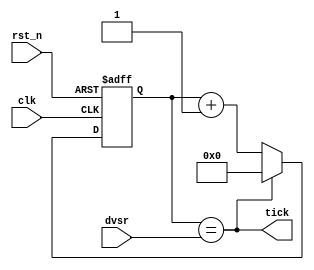
module baud_gen(clk,rst_n,dvsr,tick);
input clk,rst_n;
input [10:0] dvsr;
output tick;

wire [10:0] reg_d;
reg [10:0] reg_q;

always @(posedge clk,negedge rst_n) begin
    if(!rst_n)
    reg_q<={10{1'b0}};
    else
    reg_q<=reg_d;
end

assign reg_d = (reg_q==dvsr)? 0:reg_q+1;
assign tick =(reg_q==dvsr);
endmodule